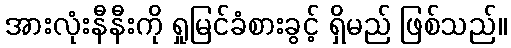
အားလုံးနီနီးကို ရှုမြင်ခံစားခွင့် ရှိမည် ဖြစ်သည်။